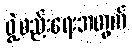
ဖွဲ့စည်းရေးအတွက်